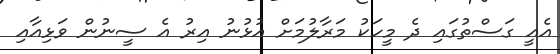
އެއީ ގަސްތުގައި ދެ މީހަކު މަރާލުމަށް އުޅުނު އިރު އެ ސީނުން ވަޅިއާއި